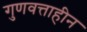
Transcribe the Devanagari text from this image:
गुणवत्ताहीन